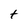
Character: t